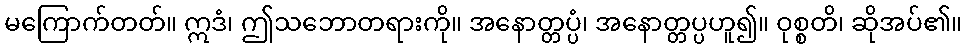
မကြောက်တတ်။ ဣဒံ၊ ဤသဘောတရားကို။ အနောတ္တပ္ပံ၊ အနောတ္တပ္ပဟူ၍။ ဝုစ္စတိ၊ ဆိုအပ်၏။